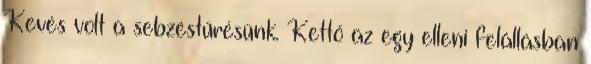
Kevés volt a sebzéstűrésünk. Kettő az egy elleni felállásban